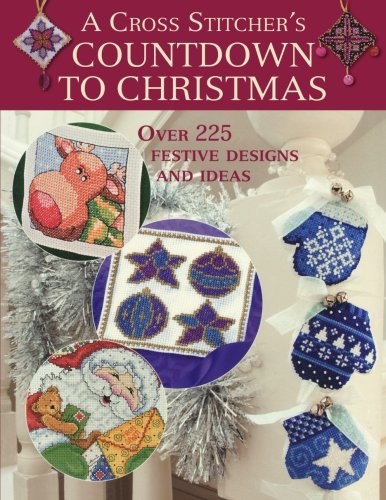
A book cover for Cross Stitcher's Countdown To Christmas; Various Contributors; Crafts, Hobbies & Home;